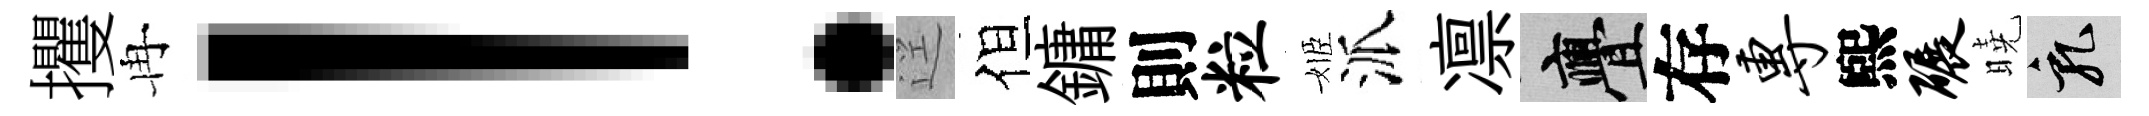
攫冉！逕但鏞則粒姬派凛亹存专煕碾曉乳